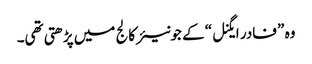
وہ ” فادر ایگنل“ کے جونیئر کالج میں پڑھتی تھی۔